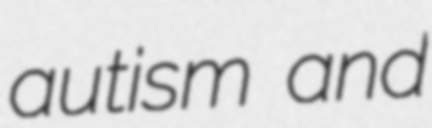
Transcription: autism and